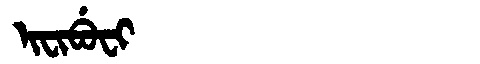
Manchu: ᡳᠸᡳᠪᡠᠸᡳ
Romanization: IFIBUFI